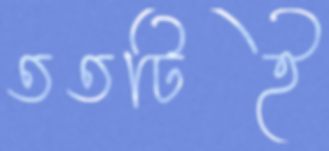
ততটিই